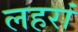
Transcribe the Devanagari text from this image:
लहरां